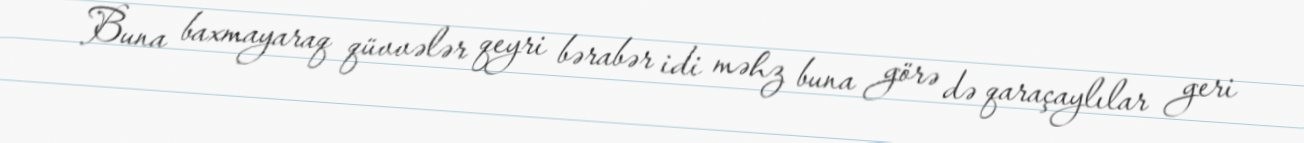
Buna baxmayaraq qüvvələr qeyri bərabər idi məhz buna görə də qaraçaylılar geri